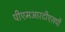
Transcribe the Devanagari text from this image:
पीएमआरटीएसपी